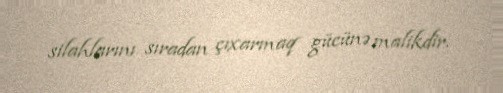
silahlarını sıradan çıxarmaq gücünə malikdir.